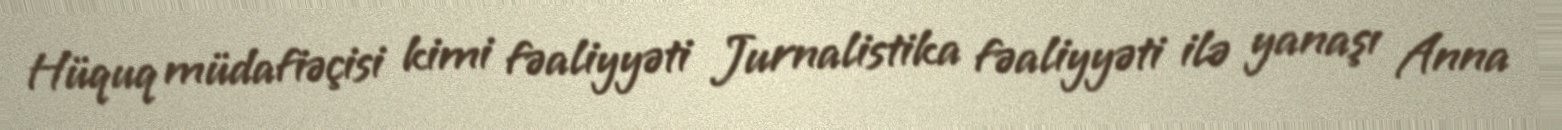
Hüquq müdafiəçisi kimi fəaliyyəti Jurnalistika fəaliyyəti ilə yanaşı Anna